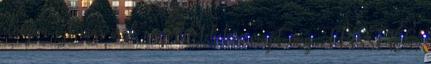
elnézem ezt már csak angolul tehetem majd meg. FRISSÍTÉS: